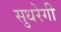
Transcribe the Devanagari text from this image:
सुधरेगी